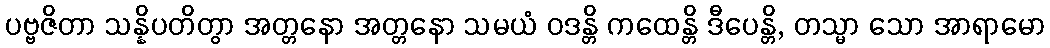
ပဗ္ဗဇိတာ သန္နိပတိတွာ အတ္တနော အတ္တနော သမယံ ဝဒန္တိ ကထေန္တိ ဒီပေန္တိ, တသ္မာ သော အာရာမော